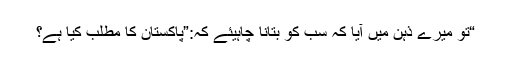
“تو میرے ذہن میں آیا کہ سب کو بتانا چاہیئے کہ:”پاکستان کا مطلب کیا ہے؟